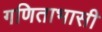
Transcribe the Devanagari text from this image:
गणिताभासी